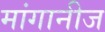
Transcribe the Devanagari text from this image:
मांगानीज